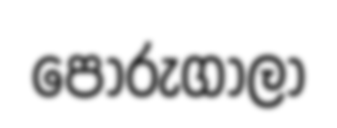
පෝරුගාලා